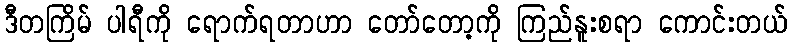
ဒီတကြိမ် ပါရီကို ရောက်ရတာဟာ တော်တော့ကို ကြည်နူးစရာ ကောင်းတယ်